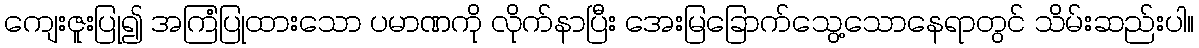
ကျေးဇူးပြု၍ အကြံပြုထားသော ပမာဏကို လိုက်နာပြီး အေးမြခြောက်သွေ့သောနေရာတွင် သိမ်းဆည်းပါ။